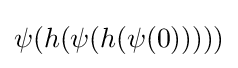
\psi (h(\psi (h(\psi (0)))))